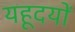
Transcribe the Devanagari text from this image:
यहूदयों